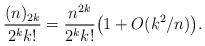
LaTeX: \begin{align*} \frac{(n)_{2k}}{2^k k!} = \frac{n^{2k}}{2^k k!} \bigl(1 + O(k^2/n)\bigr).\end{align*}